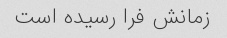
زمانش فرا رسیده است